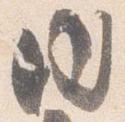
内